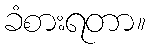
ခံစားရတာ။